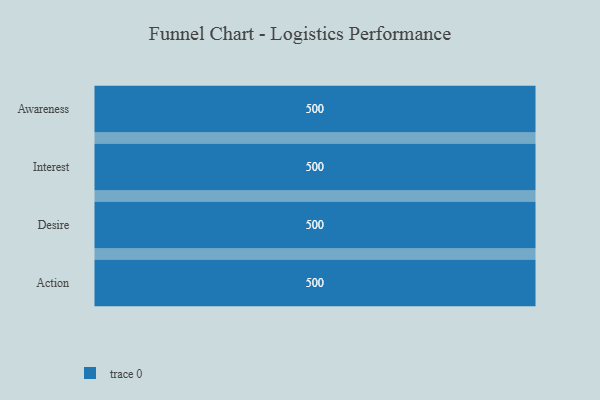
{"axis": {"x": "Stage", "y": "Value"}, "legend": [""], "data": [{"x": "Awareness", "y": 500, "type": ""}, {"x": "Interest", "y": 500, "type": ""}, {"x": "Desire", "y": 500, "type": ""}, {"x": "Action", "y": 500, "type": ""}]}